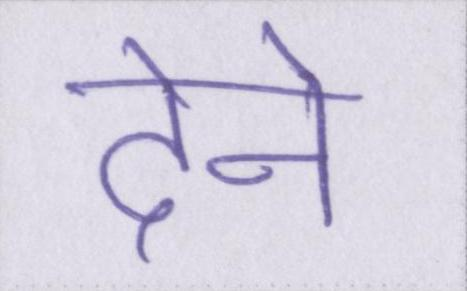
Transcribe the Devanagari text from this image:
देने